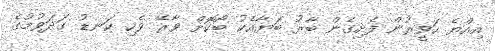
އިއްޔެ ހަވީރުން ފެށިގެން ބާރު ބަޔާއެކު ބޯކޮށް ވާރޭ ވެހި ކަނޑު ގަދަވުމުގެ